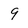
Character: 9